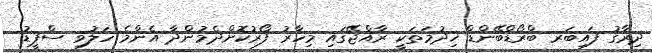
ދިރާގު ފައިބަރ ބްރޯޑްބޭންޑް ޚިދުމަތަކީ ރާއްޖޭގައި މިހާރު ފޯރުކޮށްދެމުންދާ އެންމެ ހަލުވި ސްޕީޑު